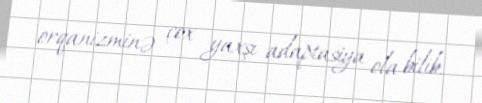
orqanizminə çox yaxşı adaptasiya ola bilib.